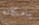
بامكانه